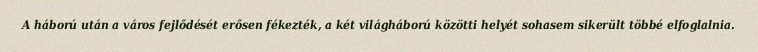
A háború után a város fejlődését erősen fékezték, a két világháború közötti helyét sohasem sikerült többé elfoglalnia.